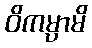
ဝိကမ္ပာမိ